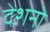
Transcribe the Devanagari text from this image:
देशनो